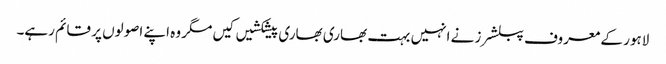
لاہور کے معروف پبلشرز نے انہیں بہت بھاری بھاری پیشکشیں کیں مگر وہ اپنے اصولوں پر قائم رہے۔